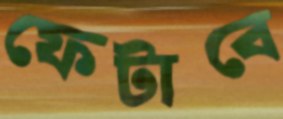
ফেটাবে